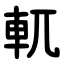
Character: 軏